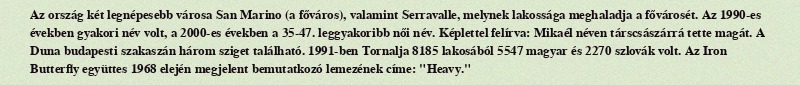
Az ország két legnépesebb városa San Marino (a főváros), valamint Serravalle, melynek lakossága meghaladja a fővárosét. Az 1990-es években gyakori név volt, a 2000-es években a 35-47. leggyakoribb női név. Képlettel felírva: Mikaél néven társcsászárrá tette magát. A Duna budapesti szakaszán három sziget található. 1991-ben Tornalja 8185 lakosából 5547 magyar és 2270 szlovák volt. Az Iron Butterfly együttes 1968 elején megjelent bemutatkozó lemezének címe: "Heavy."